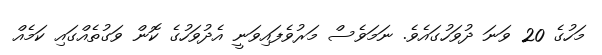
މަހުގެ 20 ވަނަ ދުވަހުގައެވެ. ނަމަވެސް މަރުވެފައިވަނީ އެދުވަހުގެ ކޮން ވަގުތެއްގައި ކަމެއް